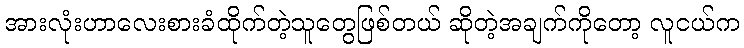
အားလုံးဟာလေးစားခံထိုက်တဲ့သူတွေဖြစ်တယ် ဆိုတဲ့အချက်ကိုတော့ လူငယ်က